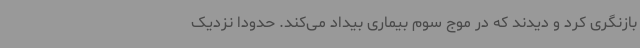
بازنگری کرد و دیدند که در موج سوم بیماری بیداد می‌کند. حدودا نزدیک